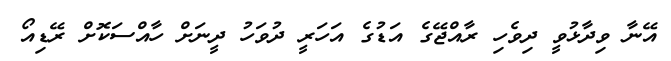
އޭނާ ވިދާޅުވީ ދިވެހި ރާއްޖޭގެ އަޑުގެ އަހަރީ ދުވަހު ދީނަށް ހާއްސަކޮށް ރޭޑިއޯ